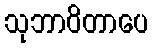
သုဘာဝိတာပေ